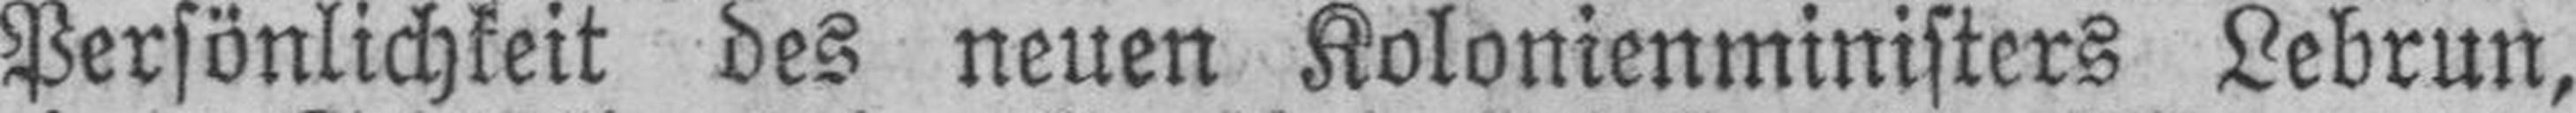
Persönlichkeit des neuen Kolonienministers Lebrun,